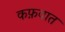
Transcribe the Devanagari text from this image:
कफ़वात